Annual report on the working of the lock hospitals in the Central Provinces
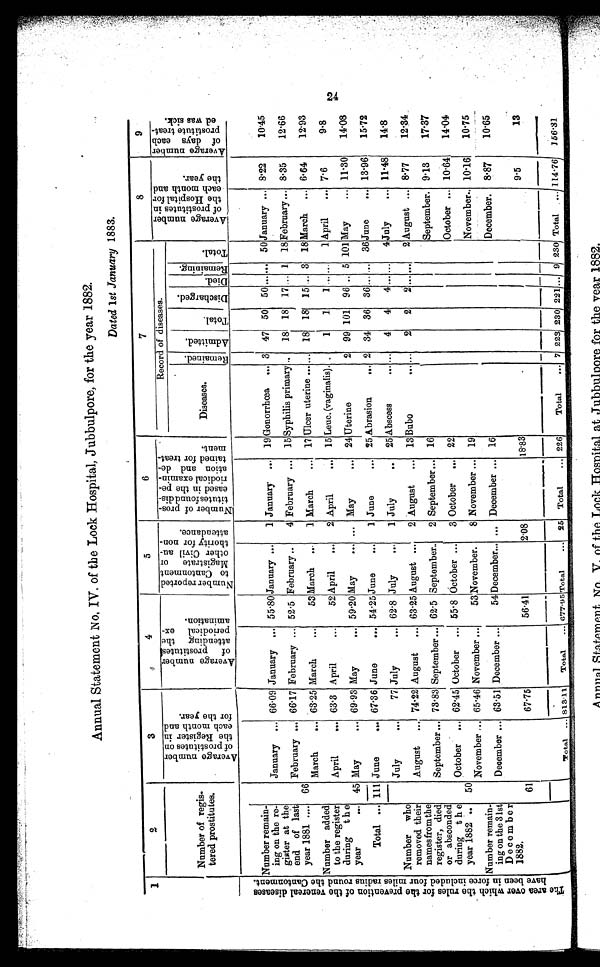
Annual Statement No. IV. of the Lock Hospital, Jubbulpore, for the year 1882.
Dated 1 st January 1883.
1
2
3
4
5
6
7
8
9
Number of regis
tered prostitutes.
A v e r a g e n u m b e r o f p r o s t i t u t e s o n t h e R e g i s t e r i n e a c h m o n t h a n d f o r t h e y e a r .
A v e r a g e n u m b e r o f p r o s t i t u t e s a t t e n d i n g t h e p e r i o d i c a l e x a m i n a t i o n .
N u m b e r r e p o r t e d t o C a n t o n m e n t M a g i s t r a t e o r o t h e r C i v i l a u t h o r i t y f o r n o n - a t t e n d a n c e .
N u m b e r o f p r o s t i t u t e s f o u n d d i s e a s e d i n t h e p e r i o d i c a l e x a m i n a t i o n a n d d e t a i n e d f o r t r e a t m e n t .
Record of diseases.
A v e r a g e n u m b e r o f p r o s t i t u e s i n t h e H o s p i t a l f o r e a c h m o n t h a n d t h e y e a r . A v e r a g e n u m b e r o f d a y s e a c h p r o s t i t u t e t r e a t e d w a s s i c k .
Diseases.
R e m a i n e d .
A d m i t t e d .
T o t a l .
D i s c h a r g e d . Died. R e m a i n i n g
T o t a l .
T h e a r e a o v e r w h i c h t h e r u l e s f o r t h e p r e v e n t i o n o f t h e v e n e r e a l d i s e a s e s h a v e b e e n i n f o r c e i n c l u d e d f o u r m i l e s r a d i u s r o u n d t h e C a n t o n m e n t .
Number remain-
ing on the re-
gister at the
end of last
year 1881 ....
January ... 66·09 January ... 55·80 January ...
1 January ... 19 Gonorrhœa ... 3 47 50 50
...
... 50 January ... 8·22
10·45
February ... 66·17 February ... 52·5 February ...
4 February ... 15 Syphilis primary ..
18 18 17 ... 1 18 February ... 8·35
12·66
66
March
... 63·25 March
...
53 March
...
1 March
... 17 Ulcer uterine ... ... 18 18 15 ... 3 18 March
... 6·64
12·93
Number
added to the register
during the
year
...
April
... 63·3 April
...
52 April
...
2 April
... 15 Leuc. (vaginalis). .
1
1
1 ... ...
1 April
... 7·6
9·8
45 May
... 69·93 May
... 59·20 May
... ... May
... 24 Uterine
2 99 101 96 ... 5 101 May
... 11·30
14·08
Total ... 111 June
... 67·36 June
... 54·25 June
...
1 June
... 25.Abrasion ... 2 34 36 36 ... ... 36 June
... 13·96
15·72
Number who
removed their
names from the
register, died
or absconded
during the
year 1882 ..
July
...
77 July
... 62·8 July
...
1 July
... 25 Abscess ... ...
4
4
4 ... ...
4 July
... 11·48
14·8
August
... 74·22 August
... 63·25 August ...
2 August
... 13 Bubo
...
. . . 2
2
2 ... ...
2 August ... 8·77
12·34
September ... 73·83 September ... 62·5 September...
2 September ... 16
September. 9·13
17·37
October ... 62·45 October ... 55·8 October ...
3 October
... 22
October ... 10·64
14·04
50
November ... 65·46 November ...
53 November.
8 November ... 19
November... 10·16
10·75
Number remain-
ing on the 31st
December
1882.
December ... 63·51 Decembe
r
...
54 December... ... December ... 16
December. 8·87
10·65
61
67·75
56·41
2·08
18·83
9·5
13
Total ... 813·11
Total
... 677·95 Total ...
2 5 Total
... 226
Total
... 7 223 230 221 .... 9 230 Total ... 114·76 156·31